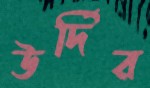
উর্দির